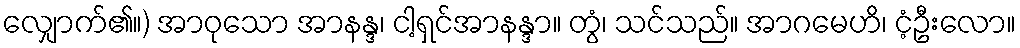
လျှောက်၏။) အာဝုသော အာနန္ဒ၊ ငါ့ရှင်အာနန္ဒာ။ တွံ၊ သင်သည်။ အာဂမေဟိ၊ ငံ့ဦးလော။